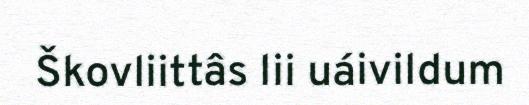
Škovliittâs lii uáivildum